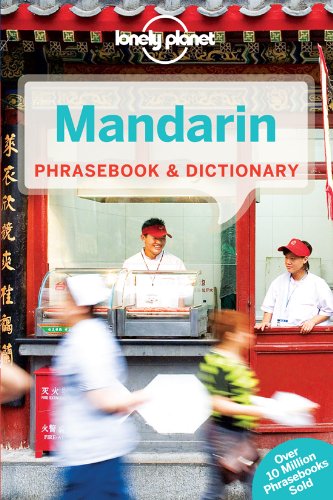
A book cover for Lonely Planet Mandarin Phrasebook & Dictionary; Lonely Planet; Travel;